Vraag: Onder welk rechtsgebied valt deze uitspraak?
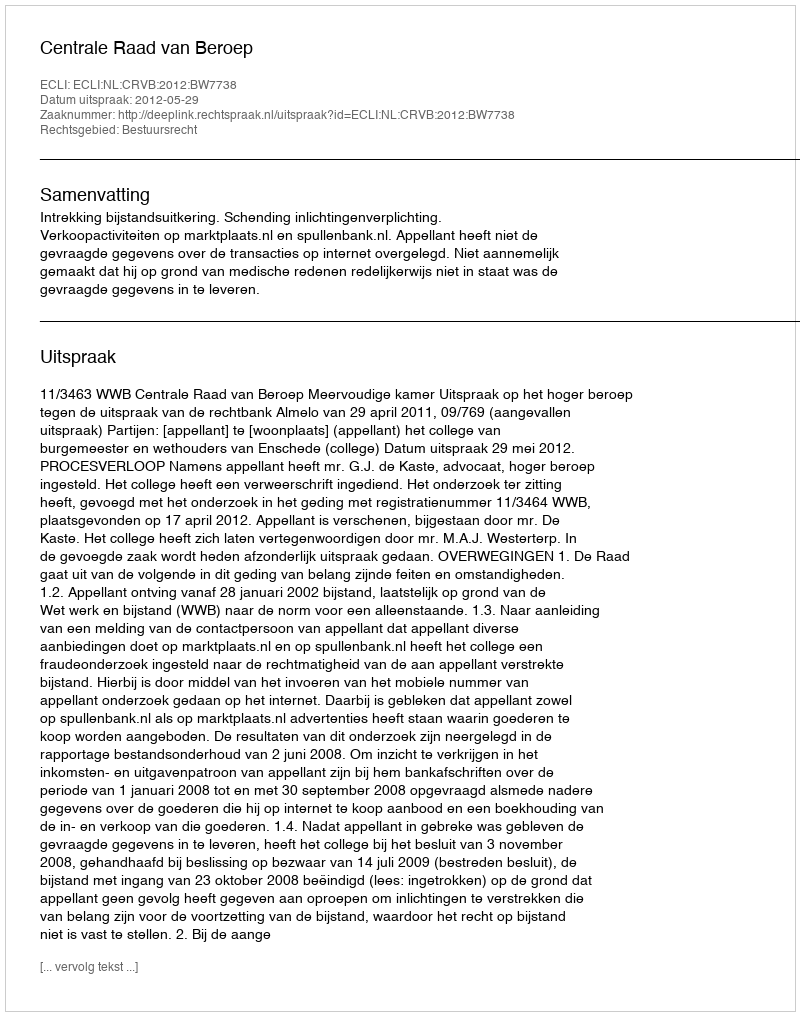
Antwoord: Bestuursrecht